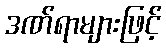
ဒဏ်ရာများဖြင့်